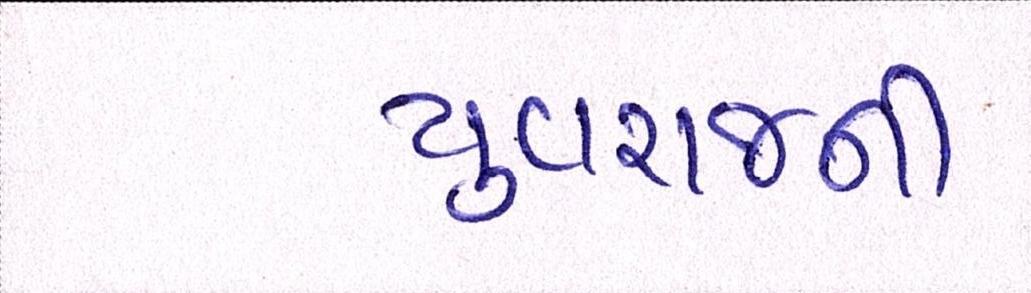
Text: યુવરાજની